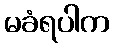
မခံရပါက